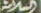
السلامة